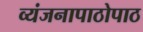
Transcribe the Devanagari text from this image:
व्यंजनापाठोपाठ